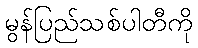
မွန်ပြည်သစ်ပါတီကို